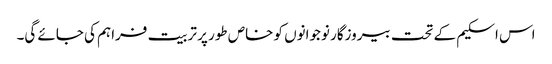
اس اسکیم کے تحت بیروزگار نوجوانوں کو خاص طور پر تربیت فراہم کی جائے گی۔